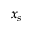
x _ { s }